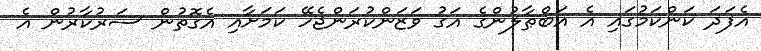
އެފަދަ ކަންކަމުގައި އެ އަބްޠާލުންގެ އަގު ވަޒަންކުރަންޖެހޭ ކަމަށާއި އެގޮތުން ސަރުކާރުން އެ